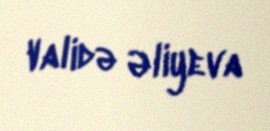
Validə Əliyeva